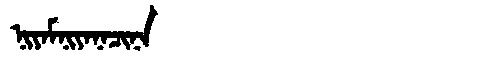
Manchu: ᠨᡳᠶᠠᠮᠨᡳᠶᠠᠨᠠᠴᡳᠨᠠ
Romanization: NIYAMNIYANACINA